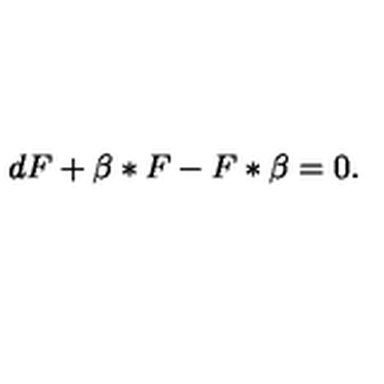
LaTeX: d F + \beta * F - F * \beta = 0 .